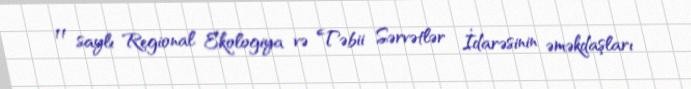
11 saylı Regional Ekologiya və Təbii Sərvətlər İdarəsinin əməkdaşları